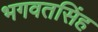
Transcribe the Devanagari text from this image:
भगवतसिंह